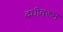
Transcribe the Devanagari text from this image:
दधीवरून